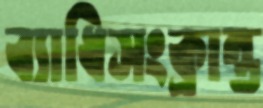
ব্যাধিসংক্রান্ত